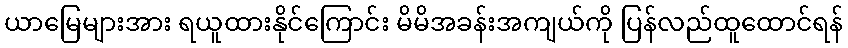
ယာမြေများအား ရယူထားနိုင်ကြောင်း မိမိအခန်းအကျယ်ကို ပြန်လည်ထူထောင်ရန်